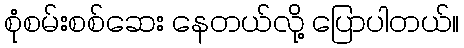
စုံစမ်းစစ်ဆေး နေတယ်လို့ ပြောပါတယ်။